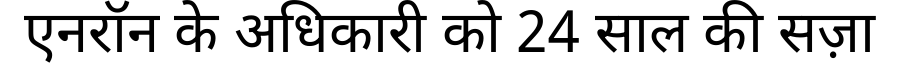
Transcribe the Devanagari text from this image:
एनरॉन के अधिकारी को 24 साल की सज़ा